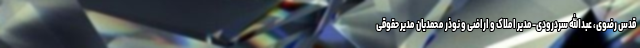
قدس رضوی، عبدالله سردرودی-مدیر املاک و اراضی و نوذر محمدیان مدیر حقوقی